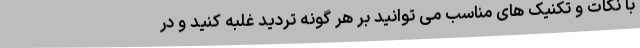
با نکات و تکنیک های مناسب می توانید بر هر گونه تردید غلبه کنید و در